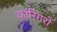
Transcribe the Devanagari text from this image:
कारिगरों